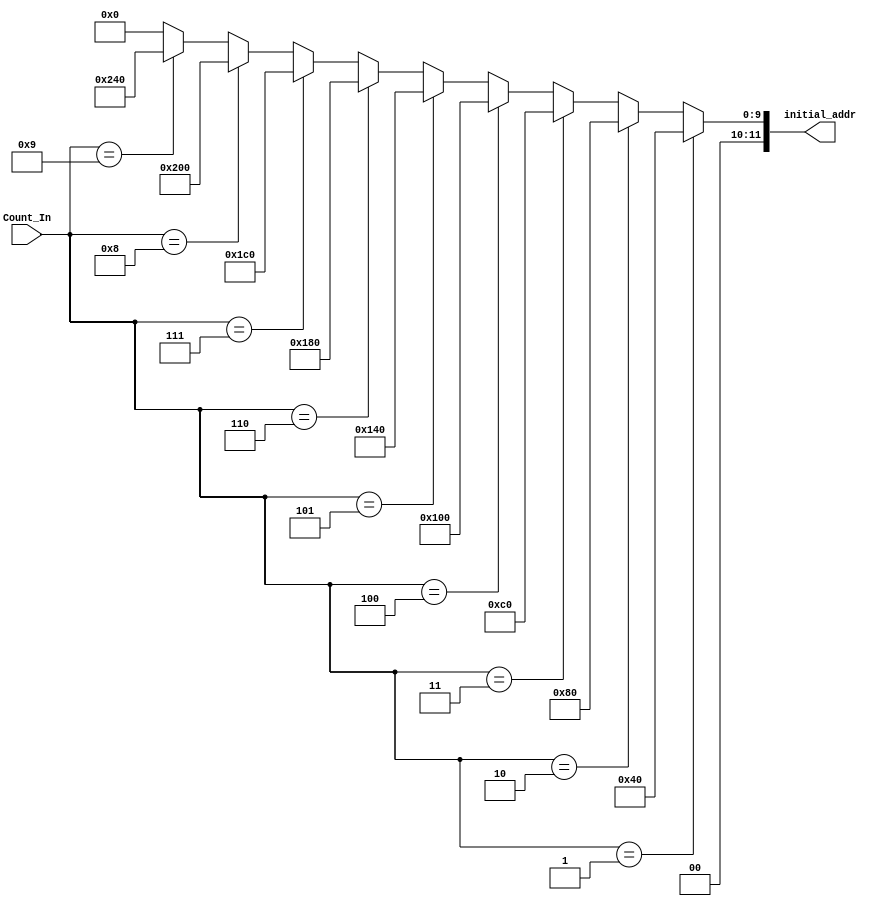
module NUM_COUNT(
input [11:0]Count_In,
output [11:0]initial_addr
);

assign initial_addr= (Count_In == 12'd1)?12'd64:
							(Count_In == 12'd2)?12'd128:
							(Count_In == 12'd3)?12'd192:
							(Count_In == 12'd4)?12'd256:
							(Count_In == 12'd5)?12'd320:
							(Count_In == 12'd6)?12'd384:
							(Count_In == 12'd7)?12'd448:
							(Count_In == 12'd8)?12'd512:
							(Count_In == 12'd9)?12'd576:12'd0;
endmodule